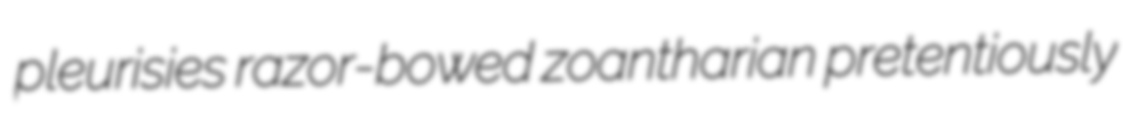
pleurisies razor-bowed zoantharian pretentiously